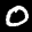
Label: 0